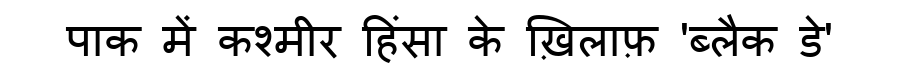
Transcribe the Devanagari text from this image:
पाक में कश्मीर हिंसा के ख़िलाफ़ 'ब्लैक डे'